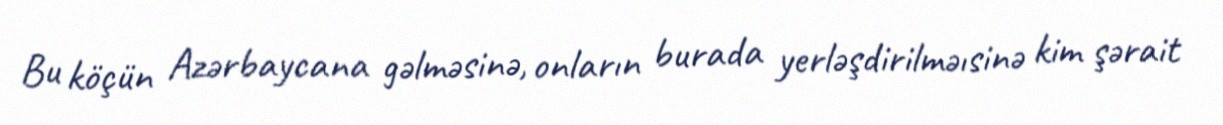
Bu köçün Azərbaycana gəlməsinə, onların burada yerləşdirilməısinə kim şərait